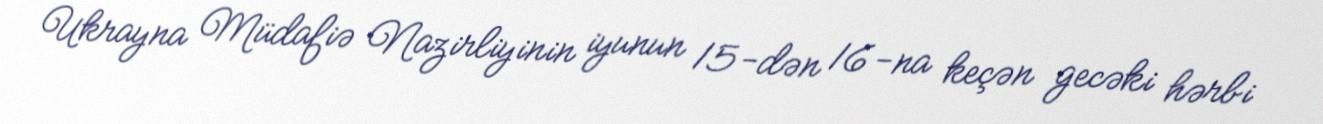
Ukrayna Müdafiə Nazirliyinin iyunun 15-dən 16-na keçən gecəki hərbi